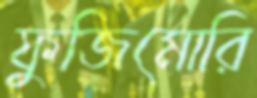
ফুজিমোরি